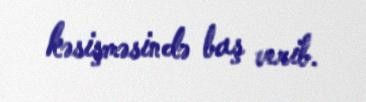
kəsişməsində baş verib.